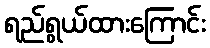
ရည်ရွယ်ထားကြောင်း